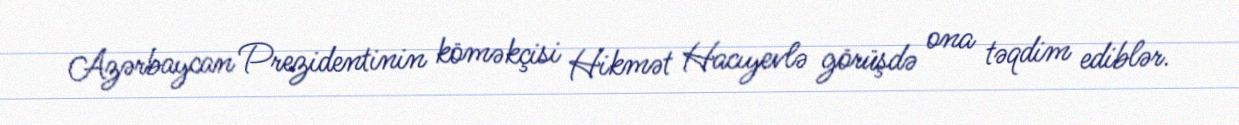
Azərbaycan Prezidentinin köməkçisi Hikmət Hacıyevlə görüşdə ona təqdim ediblər.